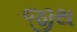
જીથ